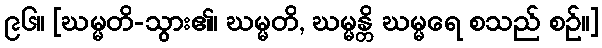
၉၆။ [ဃမ္မတိ-သွား၏၊ ဃမ္မတိ, ဃမ္မန္တိ ဃမ္မရေ စသည် စဉ်။]